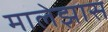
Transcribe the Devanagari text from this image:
मालेझास